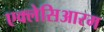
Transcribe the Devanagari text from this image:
एक्लेसिआरम